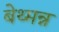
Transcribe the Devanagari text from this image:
बेथ्मन्न